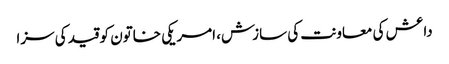
داعش کی معاونت کی سازش، امریکی خاتون کو قید کی سزا